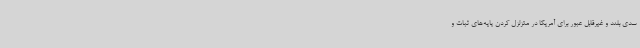
سدی بلند و غیرقابل عبور برای آمریکا در متزلزل کردن پایه‌های ثبات و